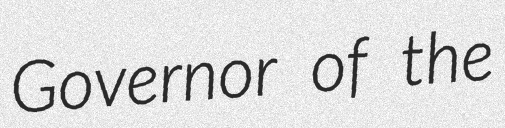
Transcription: Governor of the